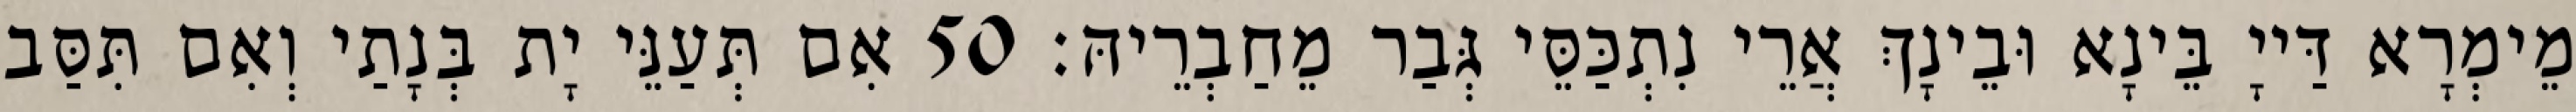
מֵימְרָא דַּייָ בֵּינָא וּבֵינָךְ אֲרֵי נִתְכַּסֵּי גְּבַר מֵחַבְרֵיהּ׃ 50 אִם תְּעַנֵּי יָת בְּנָתַי וְאִם תִּסַּב